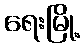
ရေးမြို့